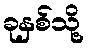
ခုနှစ်သို့